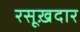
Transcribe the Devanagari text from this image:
रसूख़दार